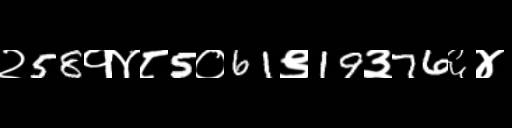
Text: २58१४८5०61९19३76६४